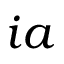
i a